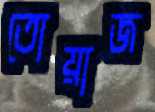
তোয়াজ